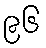
၉၆